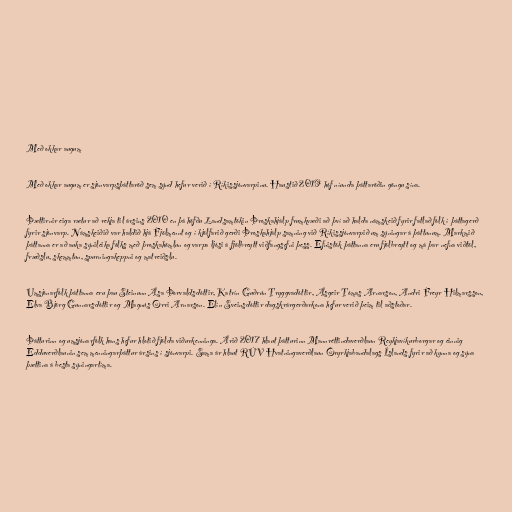
Með okkar augum

Með okkar augum er sjónvarpsþáttaröð sem sýnd hefur verið í Ríkissjónvarpinu. Haustið 2019 hóf níunda þáttaröðin göngu sína.

Þættirnir eiga rætur að rekja til ársins 2010 en þá höfðu Landsamtökin Þroskahjálp frumkvæði að því að halda námskeið fyrir fatlað fólk í þáttagerð
fyrir sjónvarp. Námskeiðið var haldið hjá Fjölmennt og í kjölfarið gerði Þroskahjálp samning við Ríkissjónvarpið um sýningar á þáttunum. Markmið
þáttanna er að auka sýnileika fólks með þroskahömlun og varpa ljósi á fjölbreytt viðfangsefni þess. Efnistök þáttanna eru fjölbreytt og má þar nefna viðtöl,
fræðslu, skemmtun, spurningakeppni og matreiðslu.

Umsjónarfólk þáttanna eru þau Stein­unn Ása Þor­valds­dótt­ir, Katrín Guðrún Tryggva­dótt­ir, Ásgeir Tóm­as Arn­ar­son, Andri Freyr Hilm­ars­son,
Elva Björg Gunnarsdóttir og Magnús Orri Arnarson. Elín Sveinsdóttir dagskrárgerðarkona hefur verið þeim til aðstoðar.

Þátturinn og umsjónarfólk hans hefur hlotið fjölda viðurkenninga. Árið 2017 hlaut þátturinn Mannréttindaverðlaun Reykjavíkurborgar og einnig
Edduverðlaunin sem menningarþáttur ársins í sjónvarpi. Sama ár hlaut RÚV Hvatningaverðlaun Öryrkjabandalags Íslands fyrir að kynna og sýna
þættina á besta sýningartíma.